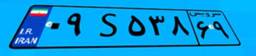
۰۹S۵۳۸۶۹